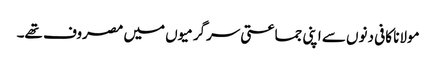
مولانا کافی دنوں سے اپنی جماعتی سرگرمیوں میں مصروف تھے۔